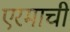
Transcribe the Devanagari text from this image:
एरमाची